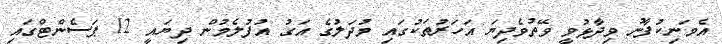
އެމަނިކުފާނު ވިދާޅުވީ ވޭތުވެދިޔަ އަހަރުތަކުގައި މުދަލުގެ އަގު އުފުލެމުން ދިޔައީ 12 ޕަސެންޓްގައި